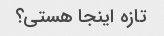
تازه اینجا هستی؟